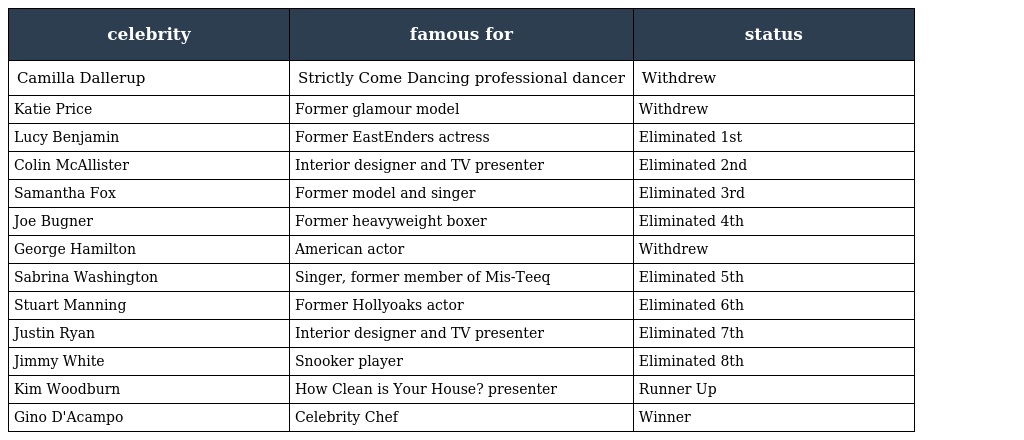
| celebrity | famous for | status |
 | --- | --- | --- |
 | Camilla Dallerup | Strictly Come Dancing professional dancer | Withdrew |
 | Katie Price | Former glamour model | Withdrew |
 | Lucy Benjamin | Former EastEnders actress | Eliminated 1st |
 | Colin McAllister | Interior designer and TV presenter | Eliminated 2nd |
 | Samantha Fox | Former model and singer | Eliminated 3rd |
 | Joe Bugner | Former heavyweight boxer | Eliminated 4th |
 | George Hamilton | American actor | Withdrew |
 | Sabrina Washington | Singer, former member of Mis-Teeq | Eliminated 5th |
 | Stuart Manning | Former Hollyoaks actor | Eliminated 6th |
 | Justin Ryan | Interior designer and TV presenter | Eliminated 7th |
 | Jimmy White | Snooker player | Eliminated 8th |
 | Kim Woodburn | How Clean is Your House? presenter | Runner Up |
 | Gino D'Acampo | Celebrity Chef | Winner |